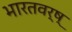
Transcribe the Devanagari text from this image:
भारतवर्ष्